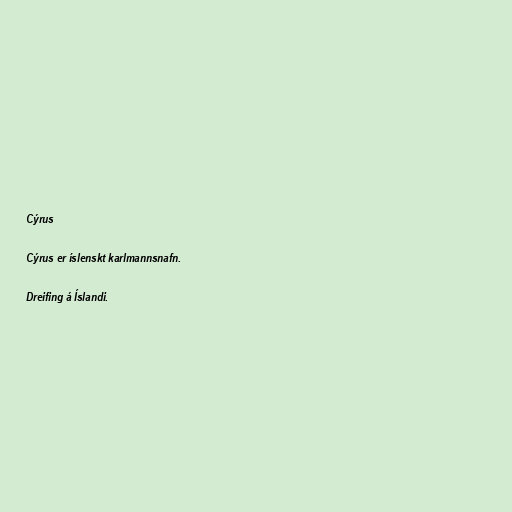
Cýrus

Cýrus er íslenskt karlmannsnafn.

Dreifing á Íslandi.